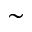
{ \sim }